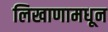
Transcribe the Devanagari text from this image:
लिखाणामधून